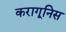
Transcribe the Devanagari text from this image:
करागूनिस